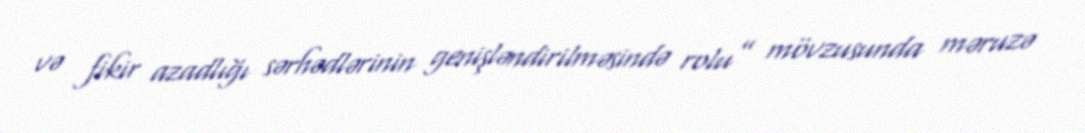
və fikir azadlığı sərhədlərinin genişləndirilməsində rolu” mövzusunda məruzə